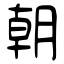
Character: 朝